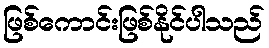
ဖြစ်ကောင်းဖြစ်နိုင်ပါသည်